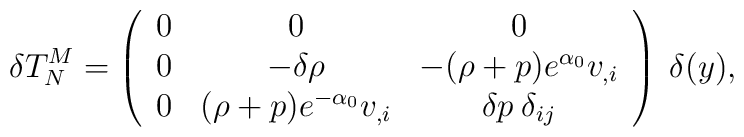
\delta T^M_N = \left(\begin{array}{ccc}0 & 0 & 0 \\0 & -\delta \rho & -(\rho+p)e^{\alpha_0} v_{,i} \\0 & (\rho+p) e^{- \alpha_0} v_{,i}  & \delta p \: \delta_{ij}\\\end{array}\right) \: \delta (y),